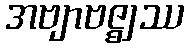
အဗျာဗဇ္ဈဿ